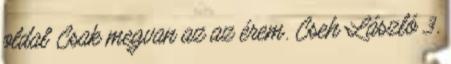
oldal Csak megvan az az érem. Cseh László 3.